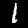
Digit: 1